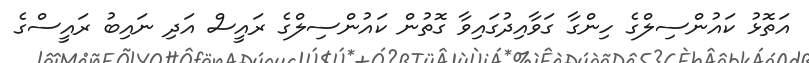
އަތޮޅު ކައުންސިލްގެ ހިންގާ ގަވާއިދުގައިވާ ގޮތުން ކައުންސިލްގެ ރައީސް އަދި ނައިބު ރައީސްގެ